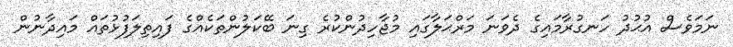
ނަމަވެސް އުޙުދު ހަނގުރާމައިގެ ދެވަނަ މަރްޙަލާގައި މުޖާހިދުންކުރެ ގިނަ ބޭކަލުންތަކެއްގެ ފައިތިލަފުޅުތައް މައިދާނުން